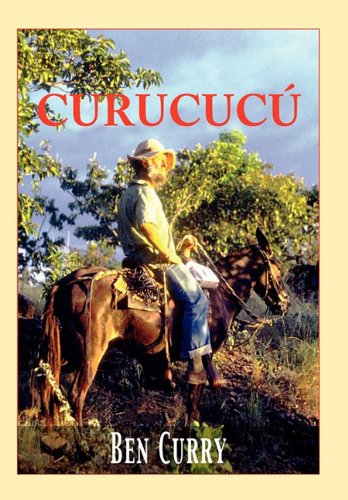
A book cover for Curucucu: Adventures of a British Ex-Pat in Colombia; Ben Curry; Travel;